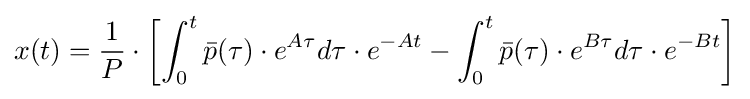
x(t)={\frac {1}{P}}\cdot \left[\int _{0}^{t}{{\bar {p}}(\tau )\cdot e^{A\tau }d\tau }\cdot e^{-At}-\int _{0}^{t}{{\bar {p}}(\tau )\cdot e^{B\tau }d\tau }\cdot e^{-Bt}\right]